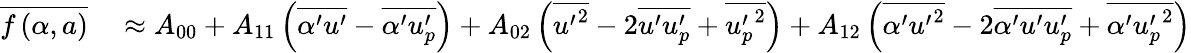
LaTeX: \begin{array}{rl}{\overline{{f\left(\alpha,a\right)}}}&{{}\approx A_{00}+A_{11}\left(\overline{{\alpha^{\prime}u^{\prime}}}-\overline{{\alpha^{\prime}u_{p}^{\prime}}}\right)+A_{02}\left(\overline{{{u^{\prime}}^{2}}}-2\overline{{u^{\prime}u_{p}^{\prime}}}+\overline{{{u_{p}^{\prime}}^{2}}}\right)+A_{12}\left(\overline{{\alpha^{\prime}{u^{\prime}}^{2}}}-2\overline{{\alpha^{\prime}u^{\prime}u_{p}^{\prime}}}+\overline{{\alpha^{\prime}{u_{p}^{\prime}}^{2}}}\right)}\end{array}